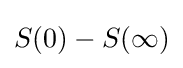
S(0)-S(\infty )